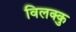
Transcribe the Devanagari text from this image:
विलक्कु